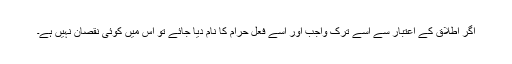
اگر اطلاق کے اعتبار سے اُسے ترکِ واجب اور اِسے فعلِ حرام کا نام دیا جائے تو اس میں کوئی نقصان نہیں ہے۔